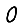
Digit: 0